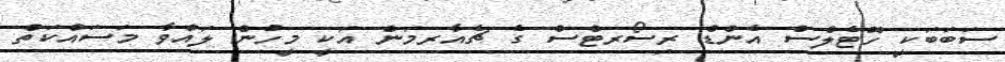
ސަބަބަކީ ހޮޓެލްސް އެންޑް ރިސޯރޓްސް ގެ ޗެއާރމަން އަކީ މީހުން ލައްވާ މަސައްކަތް